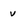
Character: v